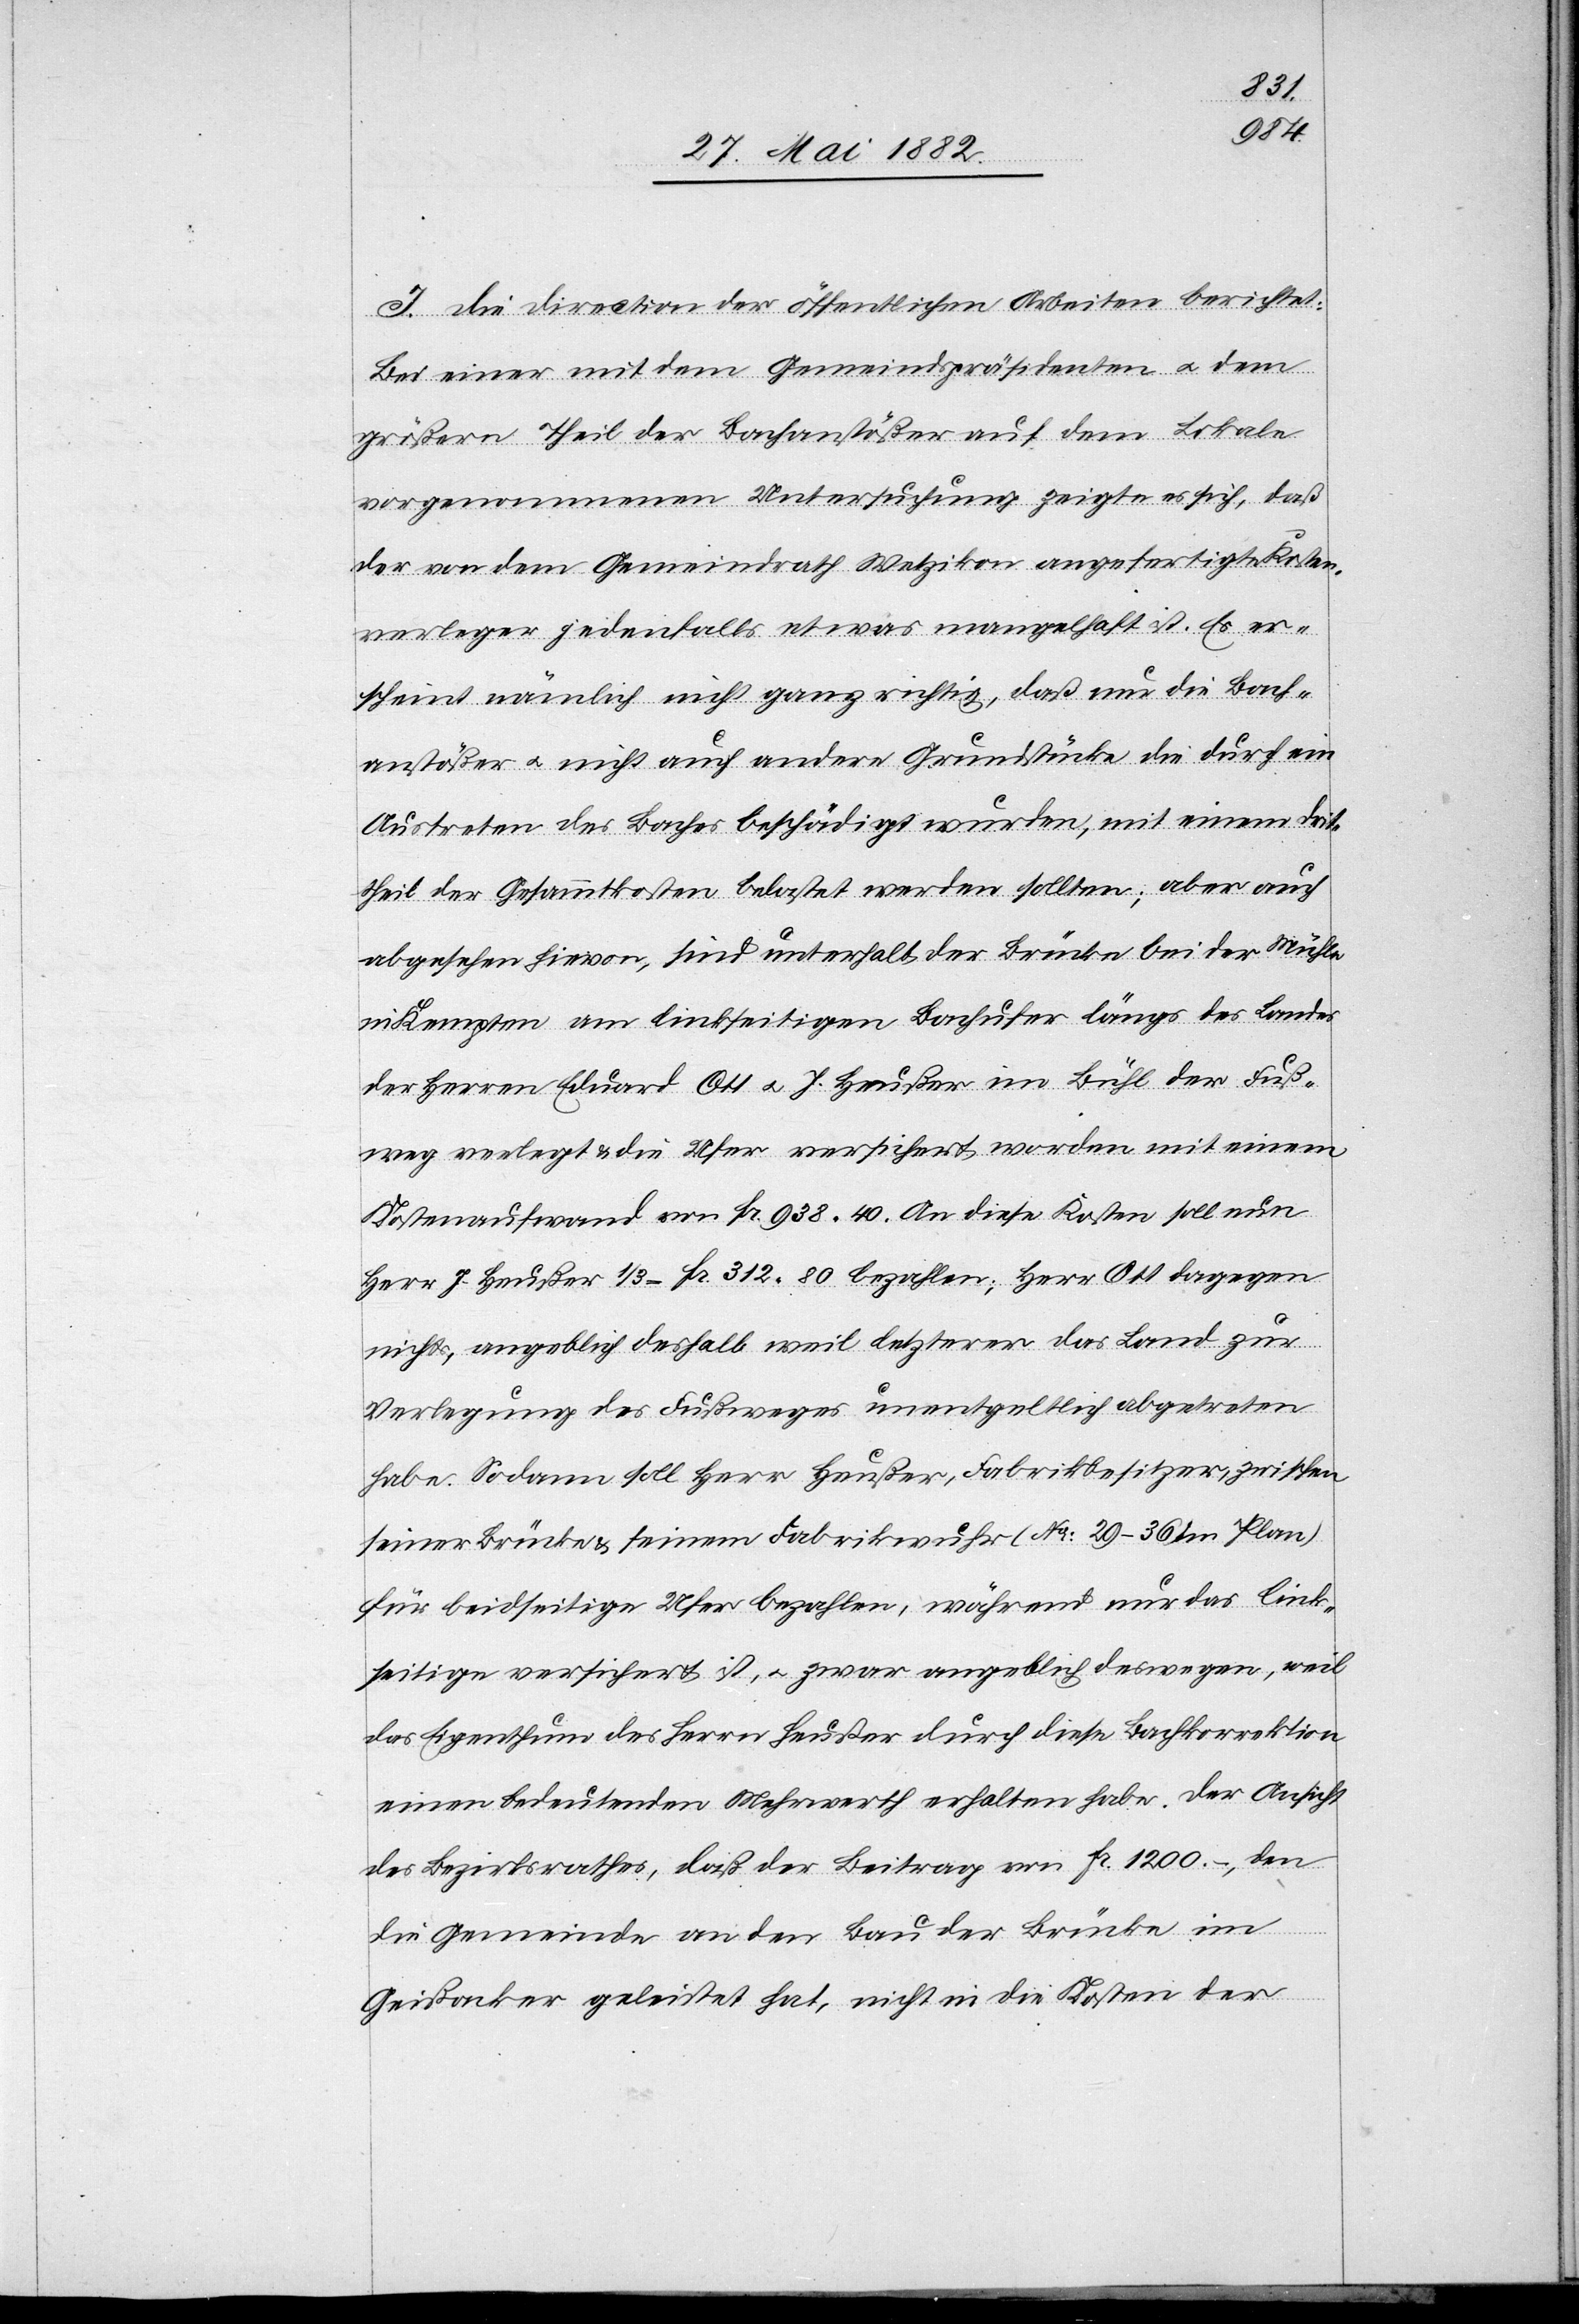
J. Die Direction der öffentlichen Arbeiten berichtet:
Bei einer mit dem Gemeindspräsidenten u. dem
größern Theil der Bachanstößer auf dem Lokale
vorgenommenen Untersuchung zeigte es sich, daß
der von dem Gemeindrath Wetzikon angefertigte Kosten¬
verleger jedenfalls etwas mangelhaft ist. Es er¬
scheint nämlich nicht ganz richtig, daß nur die Bach¬
anstößer u. nicht auch andere Grundstücke die durch ein
Austreten des Baches beschädigt würden, mit einem Drit¬
theil der Gesammtkosten belastet werden sollten; aber auch
abgesehen hievon, sind unterhalb der Brücke bei der Mühle
in Kempten am linkseitigen Bachufer längs des Landes
der Herren Eduard Ott u. J. Heußer im Bühl der Fuß¬
weg verlegt & die Ufer versichert worden mit einem
Kostenaufwand von Fr. 938 40. An diese Kosten soll nun
Herr J. Heußer 1/3 = Fr. 312 80 bezahlen, Herr Ott dagegen
nichts, angeblich deshalb weil letzterer das Land zur
Verlegung des Fußweges unentgeltlich abgetreten
habe. Sodann soll Herr Heußer, Fabrikbesitzer, zwischen
seiner Brücke & seinem Fabrikwuhr (No 29–36 im Plan)
für beidseitige Ufer bezahlen, während nur das link¬
seitige versichert ist, u. zwar angeblich deswegen, weil
das Eigenthum des Herrn Heußer durch diese Bachkorrektion
einen bedeutenden Mehrwerth erhalten habe. Der Ansicht
des Bezirksrathes, daß der Beitrag von Fr. 1200.–, den
die Gemeinde an den Bau der Brücke im
Gießacker geleistet hat, nicht in die Kosten der